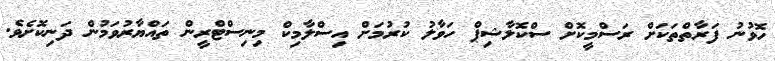
ހޮވުނު ފަރާތްތަކަށް ރަސްމީކޮށް ސްކޮލާޝިޕް ހަވާލު ކުރުމަށް އިސްލާމިކް މިނިސްޓްރީން ތައްޔާރުވަމުން ދަނިކޮށެވެ.